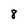
Character: 8